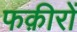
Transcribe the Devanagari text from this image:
फक़ीरों